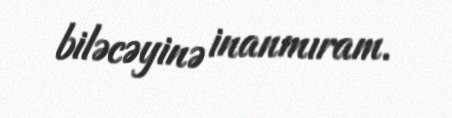
biləcəyinə inanmıram.